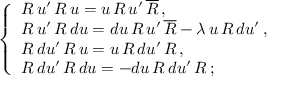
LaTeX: \; \; \; \; \; \left\{ \begin{array} { l } { { R \, u ^ { \prime } \, R \, u = u \, R \, u ^ { \prime } \, \overline { { { R } } } \, , } } \\ { { R \, u ^ { \prime } \, R \, d u = d u \, R \, u ^ { \prime } \, \overline { { { R } } } - \lambda \, u \, R \, d u ^ { \prime } \, , } } \\ { { R \, d u ^ { \prime } \, R \, u = u \, R \, d u ^ { \prime } \, R \, , } } \\ { { R \, d u ^ { \prime } \, R \, d u = - d u \, R \, d u ^ { \prime } \, R \, ; } } \end{array} \right.